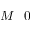
M \_ { 0 }